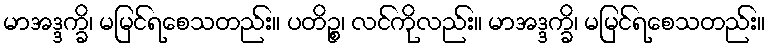
မာအဒ္ဒက္ခိ၊ မမြင်ရစေသတည်း။ ပတိဉ္စ၊ လင်ကိုလည်း။ မာအဒ္ဒက္ခိ၊ မမြင်ရစေသတည်း။